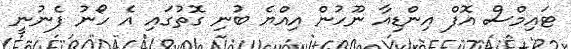
ޓައިމްސް އޮފް އިންޑިއާ ނޫހުން އިއްޔެ ބުނި ގޮތުގައި އެ ހޯނު ފެނުނީ